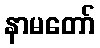
နာမတော်